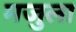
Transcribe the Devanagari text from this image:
मजुला